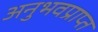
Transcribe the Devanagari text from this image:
अनुभवप्राप्त